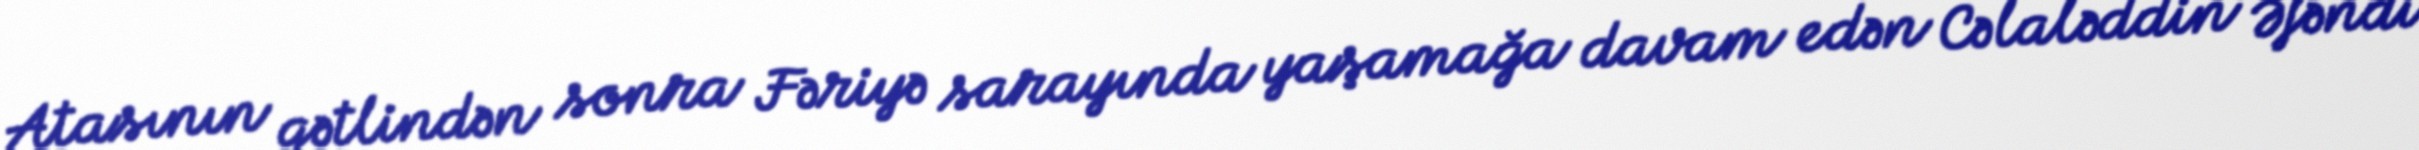
Atasının qətlindən sonra Fəriyə sarayında yaşamağa davam edən Cəlaləddin Əfəndi